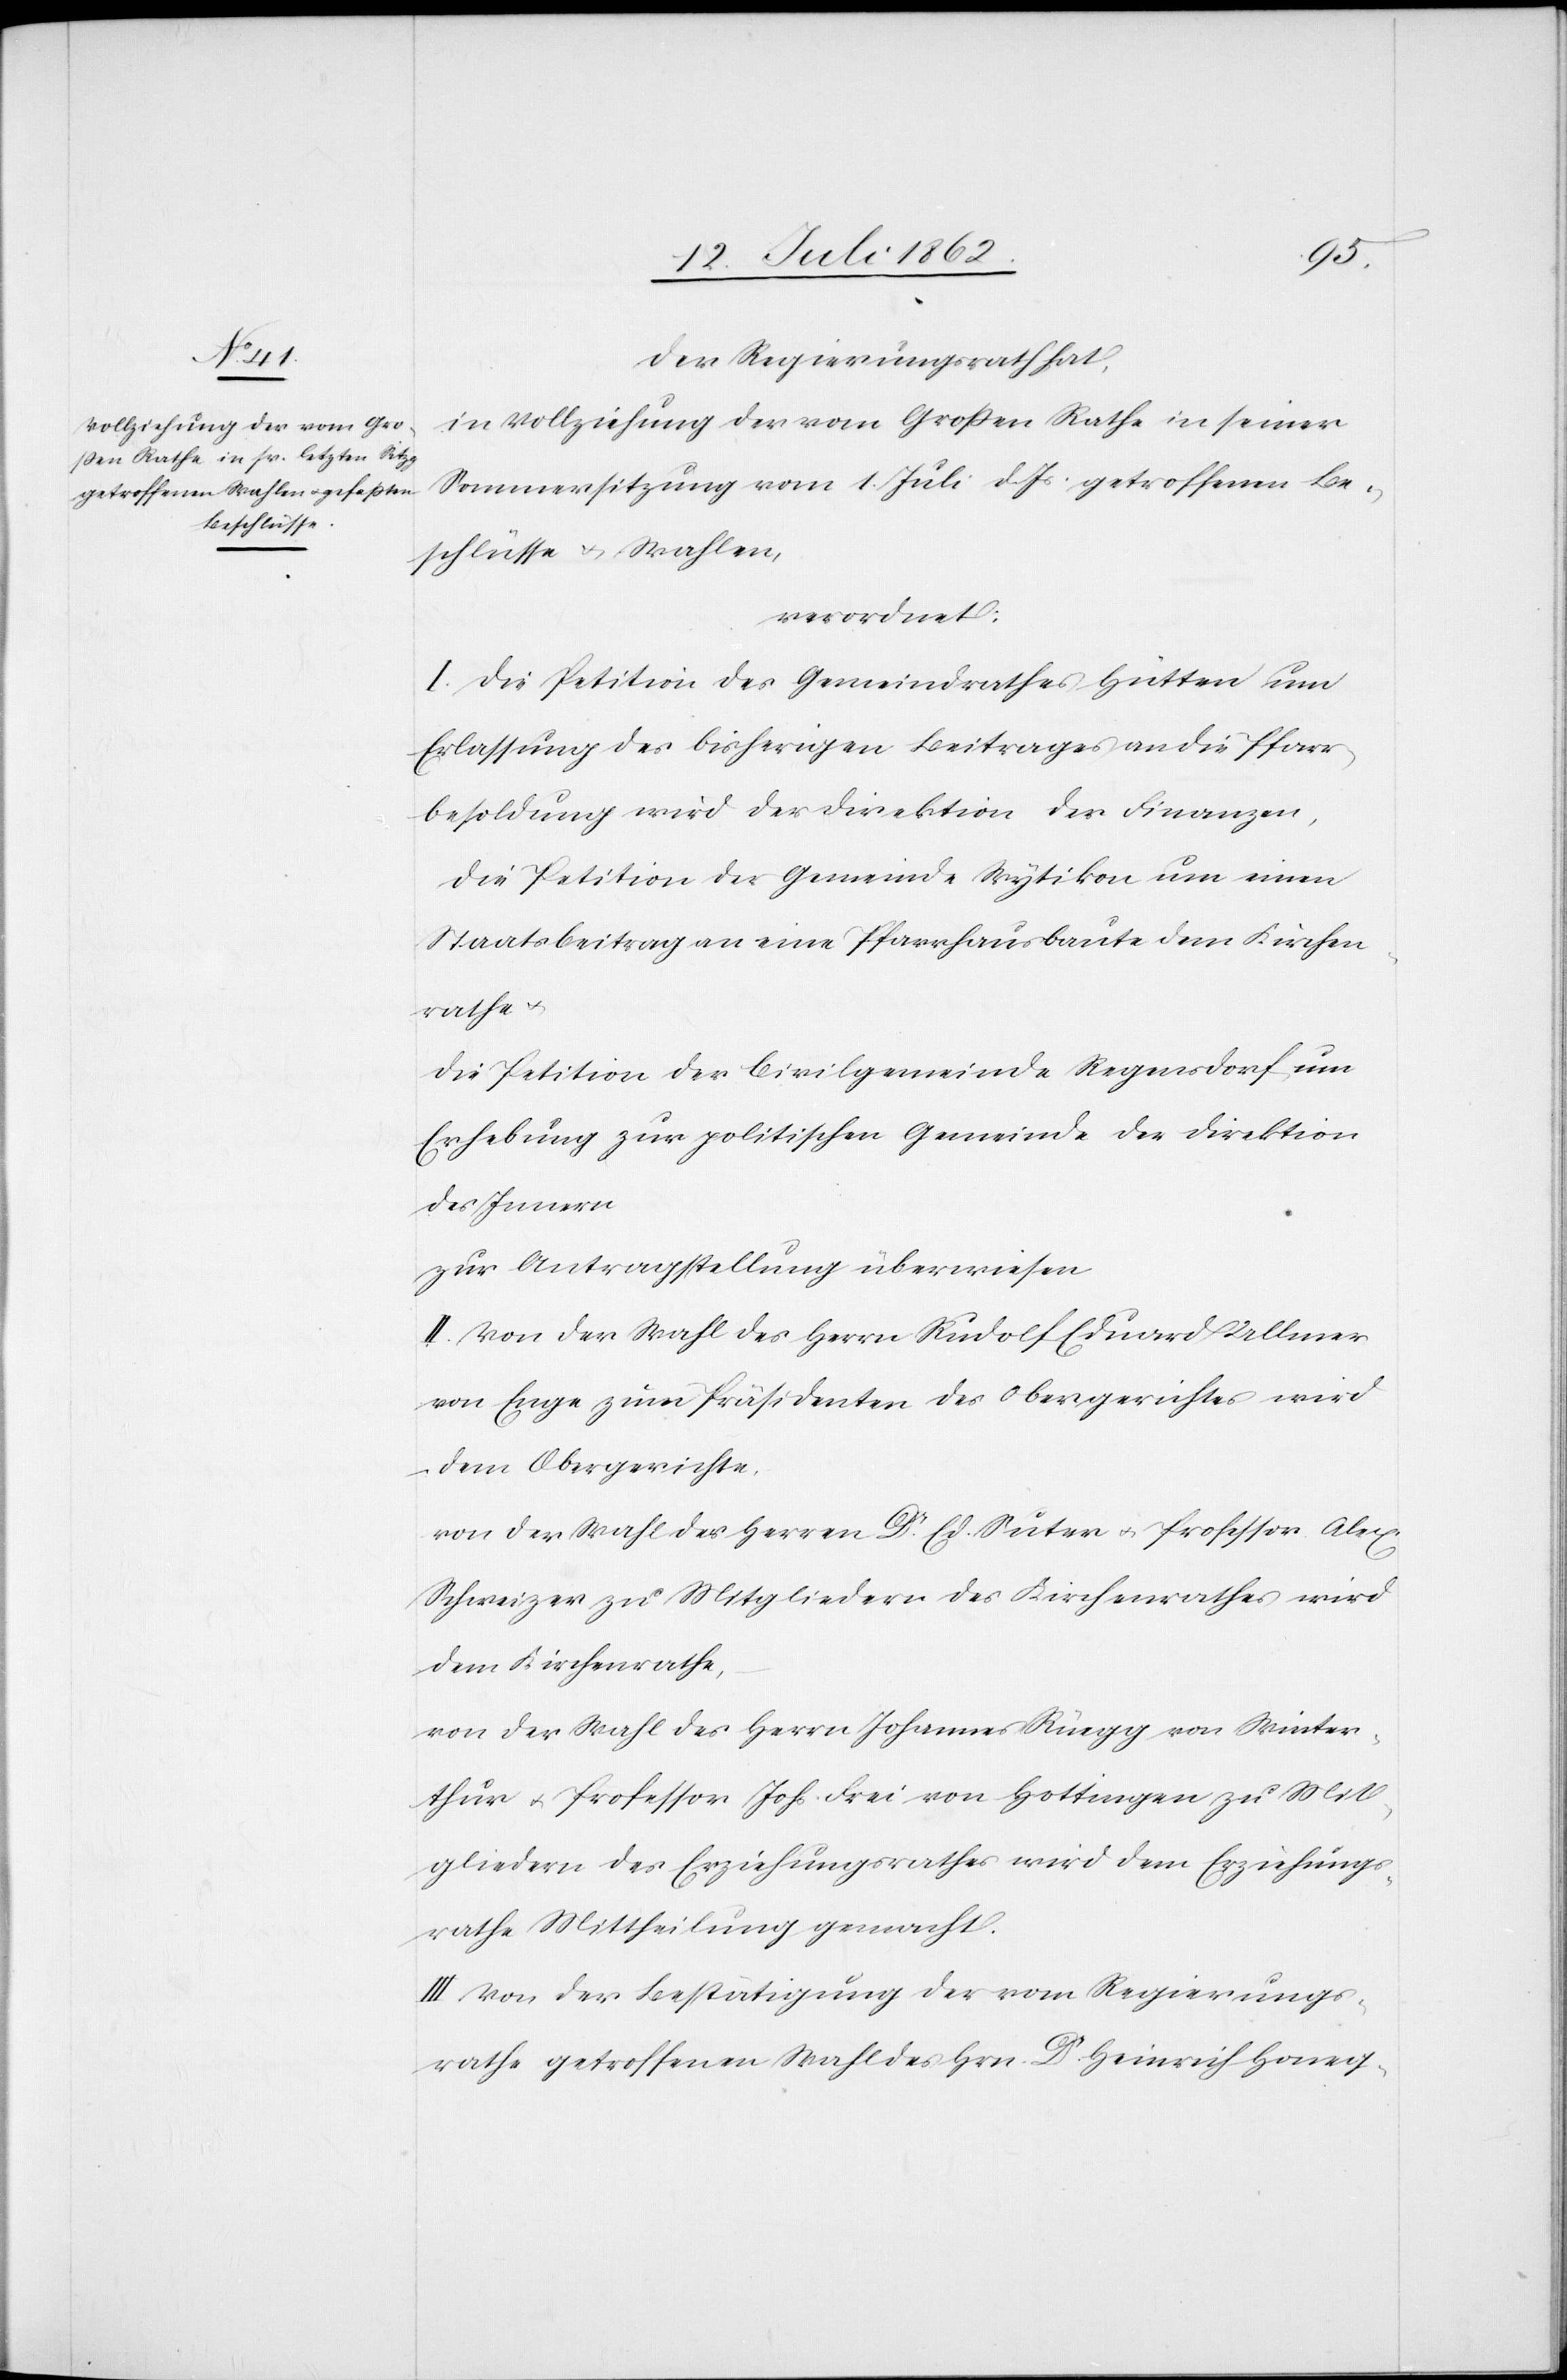
Der Regierungsrath hat,
in Vollziehung der vom Großen Rathe in seiner
Sommersitzung vom 1. Juli d. Js. getroffenen Be¬
schlüsse u. Wahlen,
verordnet:
I. Die Petition des Gemeindrathes Hütten um
Erlassung des bisherigen Beitrages an die Pfarr¬
besoldung wird der Direktion der Finanzen,
die Petition der Gemeinde Wytikon um einen
Staatsbeitrag an eine Pfarrhausbaute dem Kirchen¬
rathe u.
die Petition der Civilgemeinde Regensdorf um
Erhebung zur politischen Gemeinde der Direktion
des Innern
zur Antragstellung überwiesen.
II. Von der Wahl des Herrn Rudolf Eduard Ullmer
von Enge zum Präsidenten des Obergerichtes wird
dem Obergerichte,
von der Wahl der Herren Dr. Ed. Suter u. Professor Alex.
Schweizer zu Mitgliedern des Kirchenrathes wird
dem Kirchenrathe,
von der Wahl der Herrn Johannes Rüegg von Winter¬
thur u. Professor Johs. Frei von Hottingen zur Mit¬
gliedern des Erziehungsrathes wird dem Erziehungs¬
rathe Mittheilung gemacht.
III. Von der Bestätigung der vom Regierungs¬
rathe getroffenen Wahl des Hrn. Dr. Heinrich Honeg-